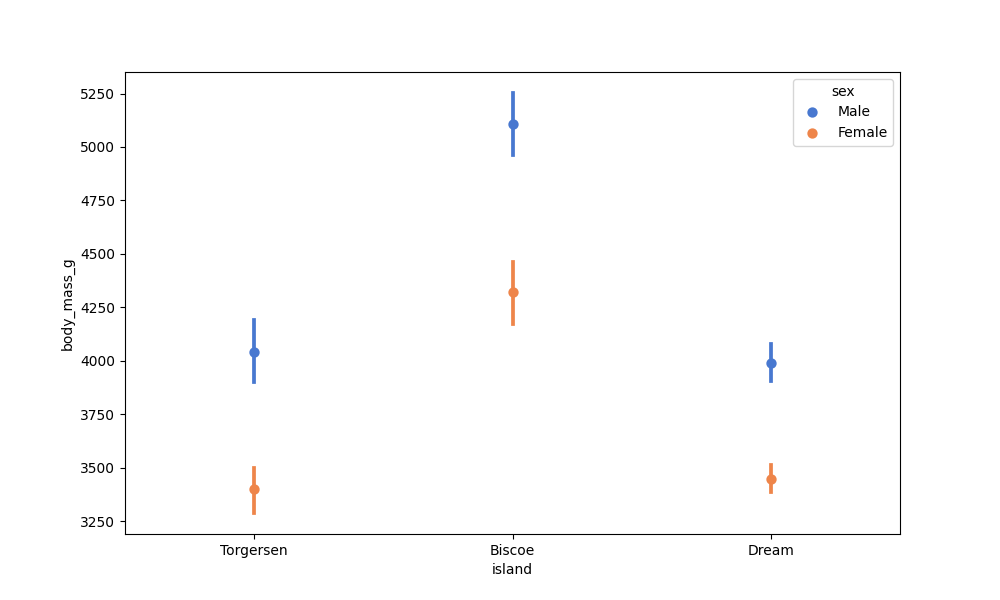
python, seaborn, pointplot, scale=1.0, join=False, hue='sex', palette='muted'